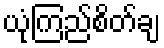
ယုံကြည်စိတ်ချ